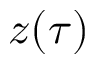
z ( \tau )